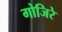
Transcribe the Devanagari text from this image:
गोजिरे